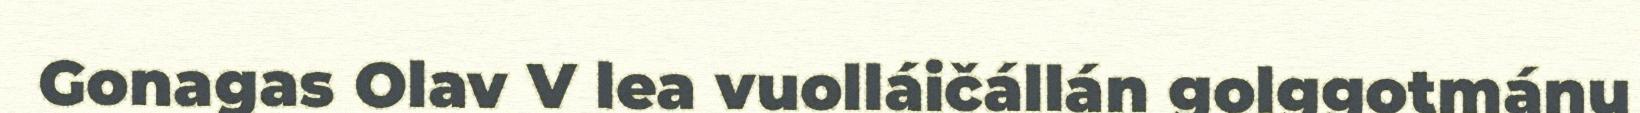
Gonagas Olav V lea vuolláičállán golggotmánu